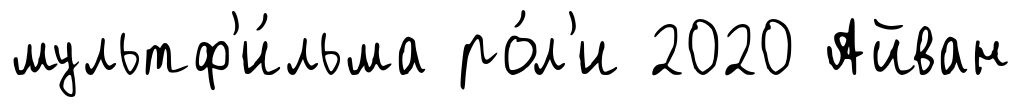
мультф'и́льма ро́л'и 2020 Айван